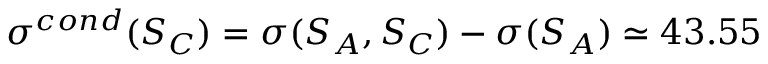
\sigma ^ { c o n d } ( S _ { C } ) = \sigma ( S _ { A } , S _ { C } ) - \sigma ( S _ { A } ) \simeq 4 3 . 5 5